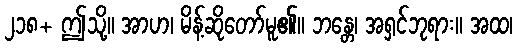
၂၁၈+ ဤသို့။ အာဟ၊ မိန့်ဆိုတော်မူ၏။ ဘန္တေ၊ အရှင်ဘုရား။ အထ၊